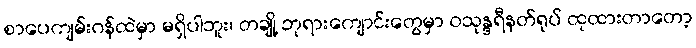
စာပေကျမ်းဂန်ထဲမှာ မရှိပါဘူး၊ တချို့ ဘုရားကျောင်းတွေမှာ ဝသုန္ဒရီနတ်ရုပ် ထုထားတာတော့